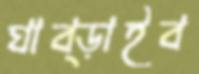
ঘাব্‌ড়াইব